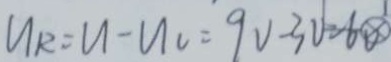
u _ { R } = u - u _ { 0 } = 9 V - 3 V = 6 v